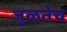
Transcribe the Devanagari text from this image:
जुळतेच